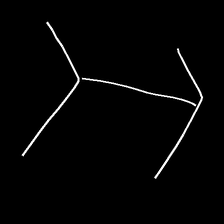
Glyph: gather